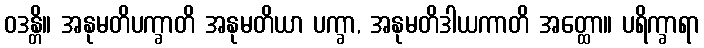
ဝဒန္တိ။ အနုမတိပက္ခာတိ အနုမတိယာ ပက္ခာ, အနုမတိဒါယကာတိ အတ္ထော။ ပရိက္ခာရာ